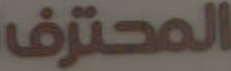
المحترف